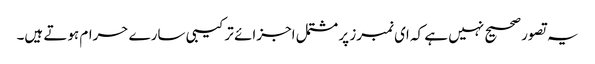
یہ تصور صحیح نہیں ہے کہ ای نمبرز پر مشتمل اجزائے ترکیبی سارے حرام ہوتے ہیں۔